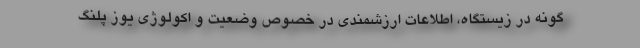
گونه در زیستگاه، اطلاعات ارزشمندی در خصوص وضعیت و اکولوژی یوز پلنگ